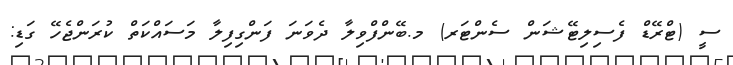
ސީ (ޓްރޭޑް ފެސިލިޓޭޝަން ސެންޓަރ) މ.ބޭންފްވިލާ ދެވަނަ ފަންގިފިލާ މަސައްކަތް ކުރަންޖެހޭ ގަޑި: